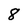
Character: 8